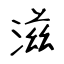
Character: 滋